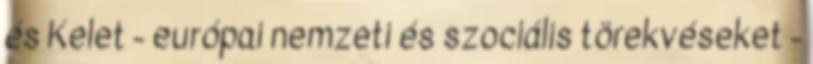
és Kelet - európai nemzeti és szociális törekvéseket -